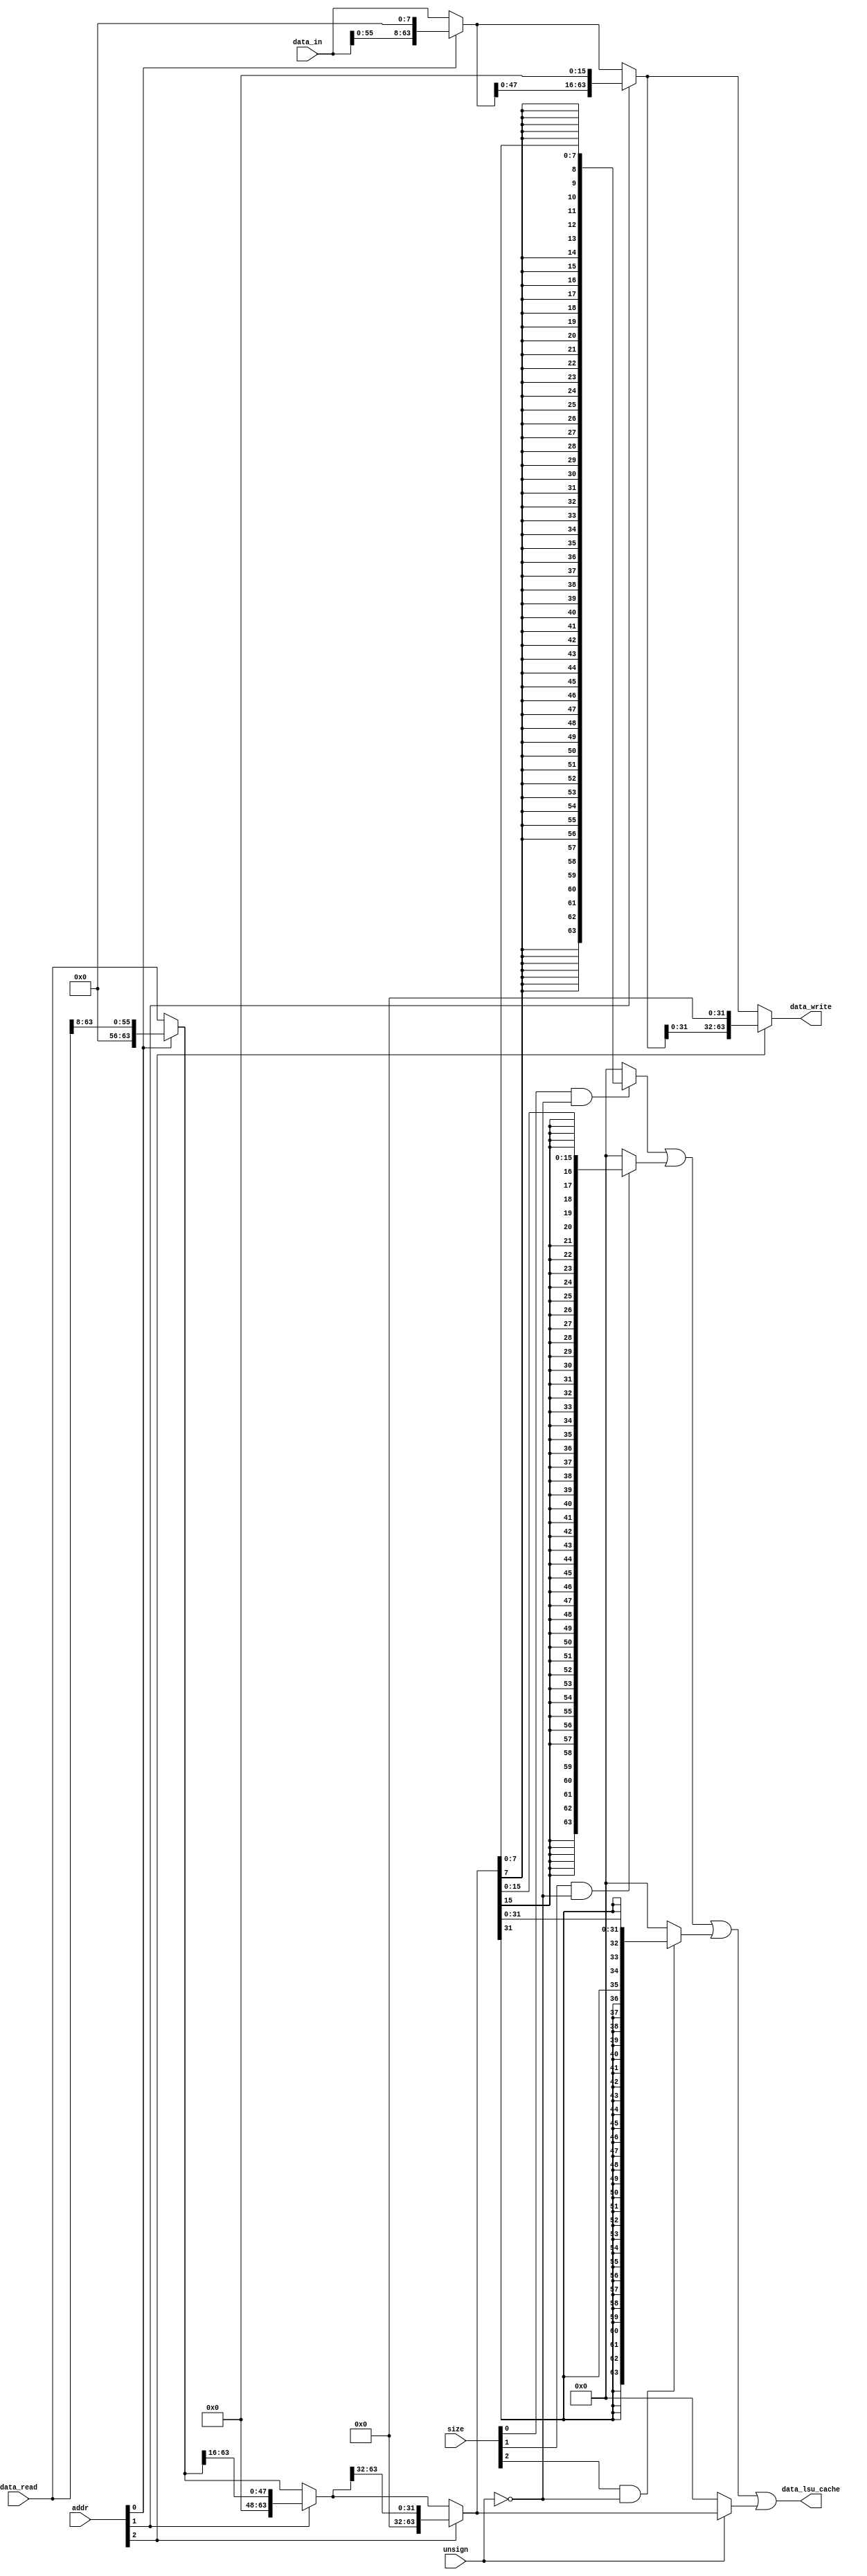
module byte_shifter(

input wire unsign,
input wire [2:0]addr,//3 
input wire [3:0]size,//0001:1Byte 0010:2Byte 0100=4Byte 1000=8Byte

input wire [63:0] data_in,			//BIU
output wire [63:0]data_lsu_cache,	

//BIU
output wire [63:0]data_write,
input wire [63:0]data_read

);
parameter offest0	=	3'b000;
parameter offest1	=	3'b001;
parameter offest2	=	3'b010;
parameter offest3	=	3'b011;
parameter offest4	=	3'b100;
parameter offest5	=	3'b101;
parameter offest6	=	3'b110;
parameter offest7	=	3'b111;

wire [63:0]data_lsu_cache_shift;	//BIU

//
wire [63:0]left_shift_8bit;
wire [63:0]left_shift_level0;
wire [63:0]left_shift_16bit;
wire [63:0]left_shift_level1;
wire [63:0]left_shift_32bit;

//
//
wire [63:0]cache_right_shift_8bit;
wire [63:0]cache_right_shift_level0;
wire [63:0]cache_right_shift_16bit;
wire [63:0]cache_right_shift_level1;
wire [63:0]cache_right_shift_32bit;

//
assign left_shift_8bit	=	{data_in[55:0],8'b0};
assign left_shift_level0=	addr[0] ? left_shift_8bit : data_in;
//
assign left_shift_16bit	=	{left_shift_level0[47:0],16'b0};
assign left_shift_level1=	addr[1] ? left_shift_16bit : left_shift_level0;

assign left_shift_32bit = 	{left_shift_level1[31:0],32'b0};
assign data_write		=	addr[2] ? left_shift_32bit : left_shift_level1 ;


//

//
//
assign cache_right_shift_8bit	=	{8'b0,data_read[63:8]};
assign cache_right_shift_level0	=	addr[0] ? cache_right_shift_8bit : data_read;
//
assign cache_right_shift_16bit	=	{16'b0,cache_right_shift_level0[63:16]};
assign cache_right_shift_level1	=	addr[1] ? cache_right_shift_16bit : cache_right_shift_level0;
//
assign cache_right_shift_32bit	=	{32'b0,cache_right_shift_level1[63:32]};
assign data_lsu_cache_shift		=	addr[2]	? cache_right_shift_32bit : cache_right_shift_level1;

							
assign data_lsu_cache	=	((size[0]&!unsign)?{{56{data_lsu_cache_shift[7]}},data_lsu_cache_shift[7:0]}:64'b0)|
							((size[1]&!unsign)?{{48{data_lsu_cache_shift[15]}},data_lsu_cache_shift[15:0]}:64'b0)|
							((size[2]&!unsign)?{{32{data_lsu_cache_shift[31]}},data_lsu_cache_shift[31:0]}:64'b0)|
							(unsign? data_lsu_cache_shift : 64'b0);



endmodule